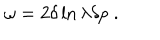
\omega = 2 \delta \ln \lambda \delta p \; .